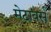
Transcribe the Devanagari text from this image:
मेटावर्स